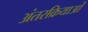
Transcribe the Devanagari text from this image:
अंतरक्रियाओं